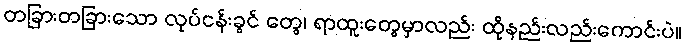
တခြားတခြားသော လုပ်ငန်းခွင် တွေ၊ ရာထူးတွေမှာလည်း ထိုနည်းလည်းကောင်းပဲ။